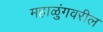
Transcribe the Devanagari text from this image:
महाळुंगवरील